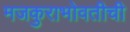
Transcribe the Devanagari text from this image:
मजकुराभोवतीची